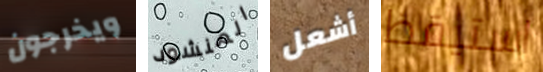
ويخرجون المنشود أشعل استيقظ